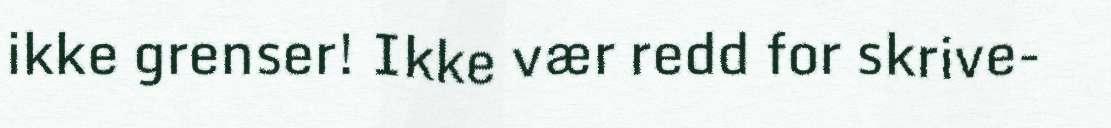
ikke grenser! Ikke vær redd for skrive-